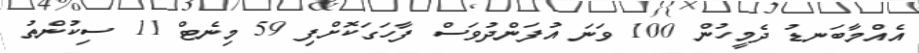
އެއްމާބަނޑު ދެމީހުން 100 ވަނަ އުފަންދުވަސް ފާހަގަކޮށްފި 59 މިނެޓް 11 ސިކުންތު